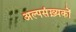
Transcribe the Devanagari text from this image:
अल्पसंख़्यकों